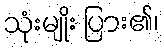
သုံးမျိုး ပြား၏၊